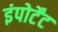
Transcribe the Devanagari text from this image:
इंपोर्टेंट